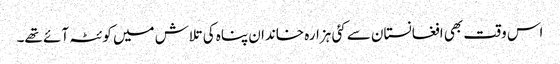
اس وقت بھی افغانستان سے کئی ہزارہ خاندان پناہ کی تلاش میں کوئٹہ آئے تھے۔